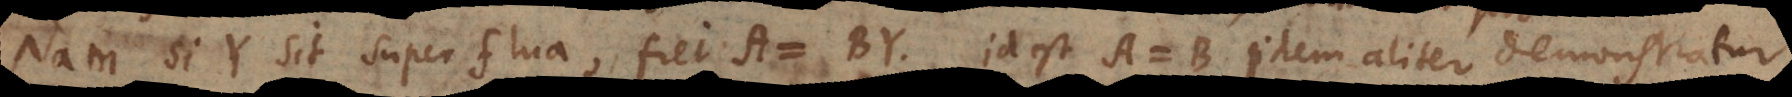
Nam si Y sit superflua, fiet A = BY, id est A = B. Idem aliter demonstratu